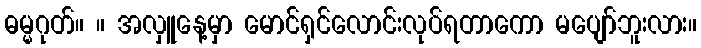
ဓမ္မဂုတ်။ ။ အလှူနေ့မှာ မောင်ရှင်လောင်းလုပ်ရတာကော မပျော်ဘူးလား။